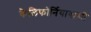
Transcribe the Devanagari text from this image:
कैलिफोर्नियावासी